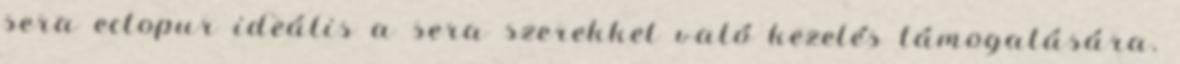
sera ectopur ideális a sera szerekkel való kezelés támogatására.